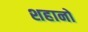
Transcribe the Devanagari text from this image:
शहानो